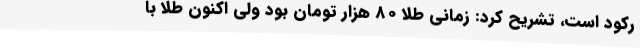
رکود است، تشریح کرد: زمانی طلا 80 هزار تومان بود ولی اکنون طلا با